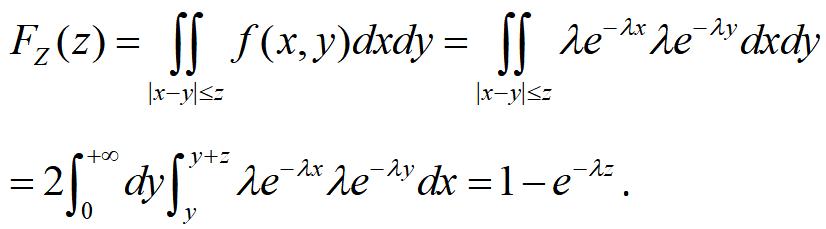
\[
\begin{align*}
F_Z(z)&=\iint_{|x - y|\leq z} f(x,y)dxdy=\iint_{|x - y|\leq z} \lambda e^{-\lambda x}\lambda e^{-\lambda y}dxdy\\
&=2\int_{0}^{+\infty} dy\int_{y}^{y + z} \lambda e^{-\lambda x}\lambda e^{-\lambda y}dx=1 - e^{-\lambda z}.
\end{align*}
\]